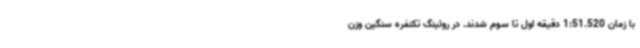
با زمان 1:51.520 دقیقه اول تا سوم شدند. در روئینگ تکنفره سنگین وزن